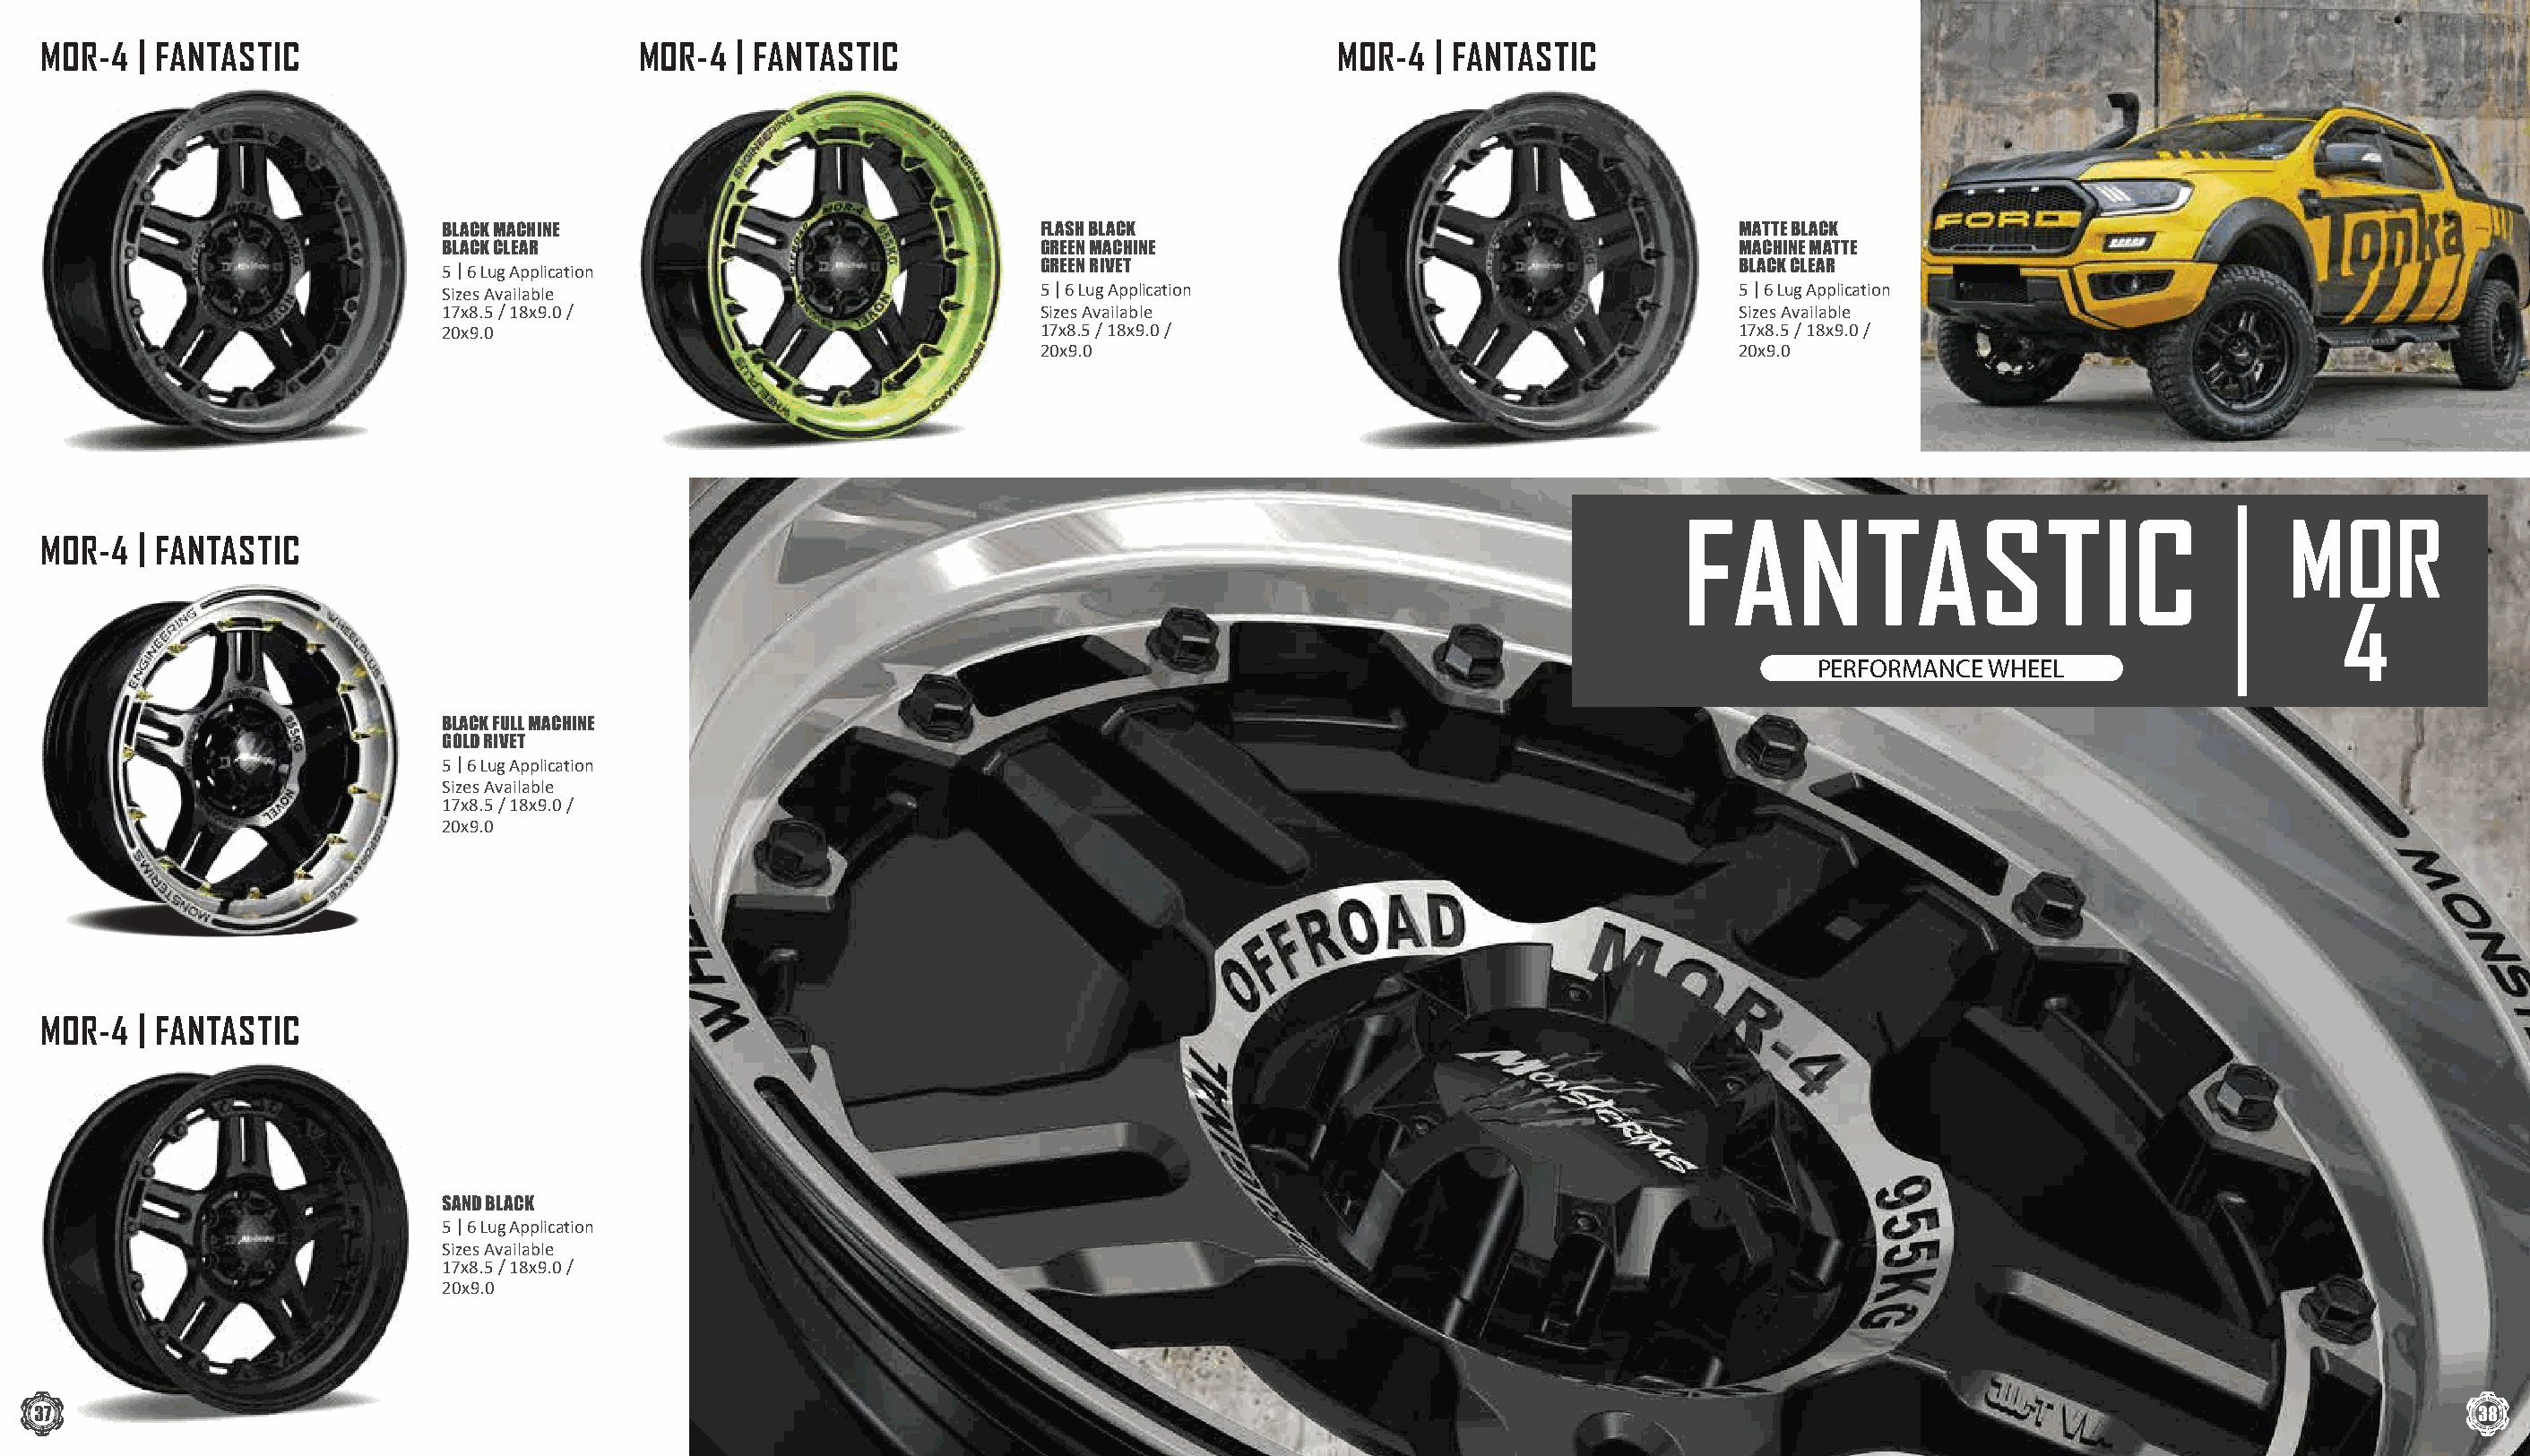
MOR-4  | FANTASTIC                          MOR-4  | FANTASTIC                                  MOR-4  | FANTASTIC
 BLACK MACHINE                               FLASH BLACK                                        MATTE BLACK
 BLACK CLEAR                                 GREEN MACHINE                                      MACHINE MATTE
 5 | 6 Lug Application                       GREEN RIVET                                        BLACK CLEAR
 Sizes Available                             5 | 6 Lug Application                              5 | 6 Lug Application
 17x8.5 / 18x9.0 /                           Sizes Available                                    Sizes Available
 20x9.0                                      17x8.5 / 18x9.0 /                                  17x8.5 / 18x9.0 /
 20x9.0                                             20x9.0
 FANTASTIC                                    MOR
 MOR-4  | FANTASTIC
 4
 PERFORMANCE  WHEEL
 BLACK FULL MACHINE
 GOLD RIVET
 5 | 6 Lug Application
 Sizes Available
 17x8.5 / 18x9.0 /
 20x9.0
 MOR-4  | FANTASTIC
 SAND BLACK
 5 | 6 Lug Application
 Sizes Available
 17x8.5 / 18x9.0 /
 20x9.0
 37                                                                                                                                                                                  38